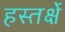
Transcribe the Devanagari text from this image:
हस्तर्क्षे